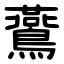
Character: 鷰